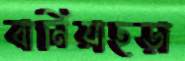
বানিয়াছড়া